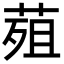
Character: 𮏭